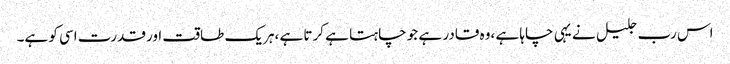
اس رب جلیل نے یہی چاہا ہے ،وہ قادر ہے جو چاہتا ہے کرتا ہے ،ہریک طاقت اور قدرت اسی کو ہے۔